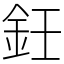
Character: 鈓